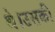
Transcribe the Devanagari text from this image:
थे।उसकी